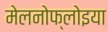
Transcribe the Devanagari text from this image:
मेलनोफ्लोइया